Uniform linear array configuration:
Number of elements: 48
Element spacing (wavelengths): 0.5
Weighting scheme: cosine
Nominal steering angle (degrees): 0
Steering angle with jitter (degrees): -1.618
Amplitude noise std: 0.05
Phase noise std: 0.05

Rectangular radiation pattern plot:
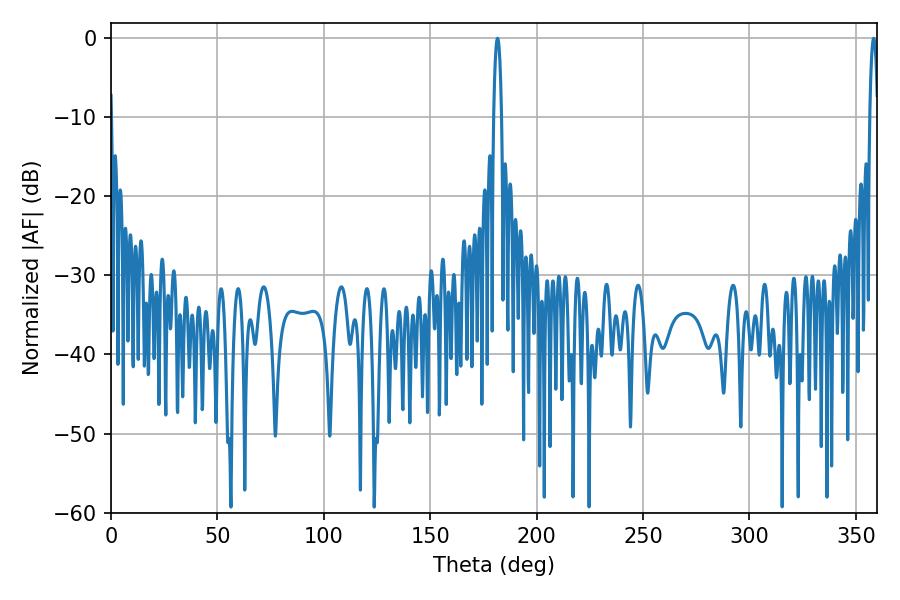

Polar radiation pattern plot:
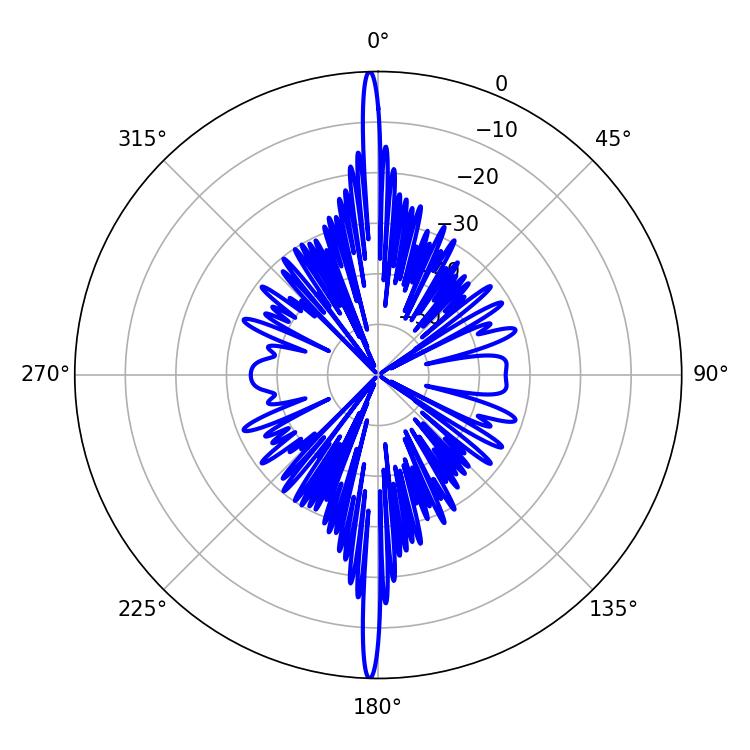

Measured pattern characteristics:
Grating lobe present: FALSE
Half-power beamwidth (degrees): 2.16
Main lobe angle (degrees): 181.62